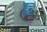
૮૩૪